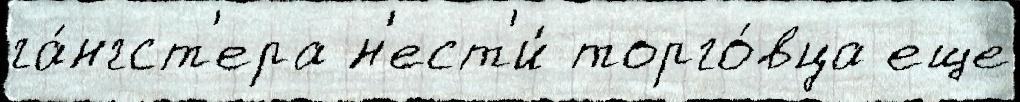
га́нгст'ера н'ест'и́ торго́вца еще